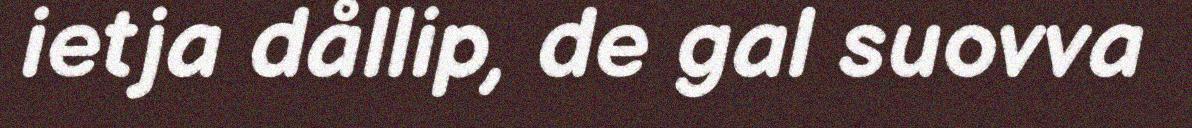
ietja dållip, de gal suovva